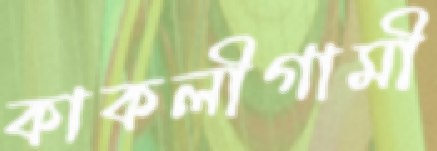
কাকলীগামী